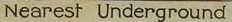
Nearest Underground